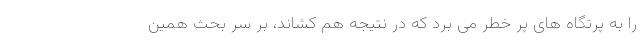
را به پرتگاه های پُر خطر می برد که در نتیجه هم کشاند، بر سر بحث همین